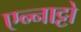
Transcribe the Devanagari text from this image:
एन्नाट्टो